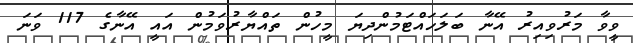
ވީވާ މަރުވިއިރު އޭނާ ބަލަހައްޓަމުންދިޔަ މީހުން ތައްޔާރުވަމުން އައީ އޭނާގެ 117 ވަނަ